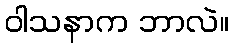
ဝါသနာက ဘာလဲ။